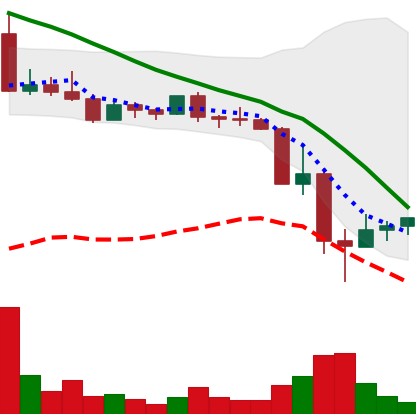
Ticker: DOGE-USD
Chart end date: 2022-05-15
Forward return: -9.55%
Label: down_7plus